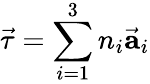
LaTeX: {\vec{\mathbf{\tau}}}=\sum_{i=1}^{3}n_{i}{\vec{\mathbf{a}}}_{i}